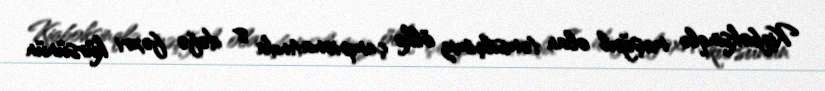
Kiqboksinqlə məşğul olan təmsilçimiz ölkə çempionatında 8 dəfə fəxri kürsünün